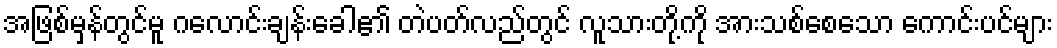
အဖြစ်မှန်တွင်မူ ဂလောင်းချန်းခေါ၏ တဲပတ်လည်တွင် လူသားတို့ကို အားသစ်စေသော ကောင်းပင်များ